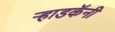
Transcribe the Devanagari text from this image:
ऱ्हाडकॅनी